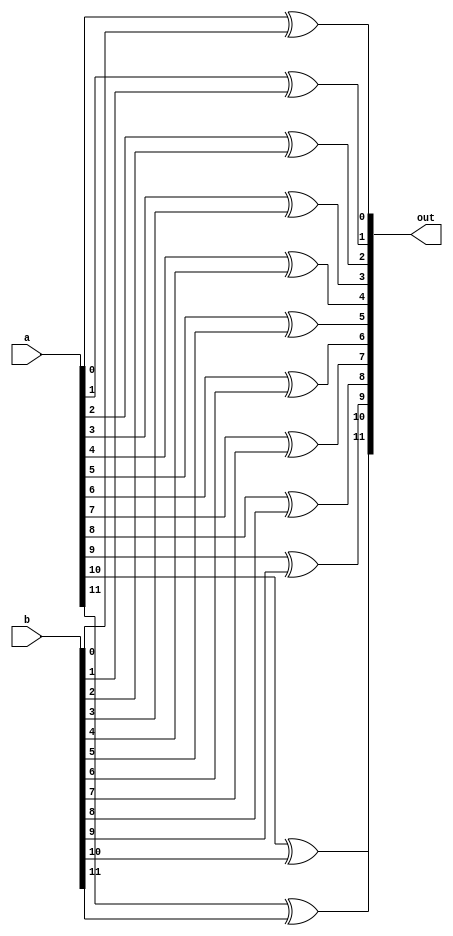
/**
 * This is written by Zhiyang Ong
 * for EE577b Extra Credit Homework # 2
 *
 * Behavioral model for the large XOR gate
 */
module large_xor (a,b,out);
	// Output vector
	output reg [11:0] out;
	
	
	// Input vector
	input [11:0] a;
	// Another input vector
	input [11:0] b;
	
	
	// Declare "reg" signals...
	//reg [3:0] in_bar;
	// Declare "wire" signals...
	// Defining constants: parameter [name_of_constant] = value;
	
	
	always @(*)
	begin
		out[0]=a[0]^b[0];
		out[1]=a[1]^b[1];
		out[2]=a[2]^b[2];
		out[3]=a[3]^b[3];
		out[4]=a[4]^b[4];
		out[5]=a[5]^b[5];
		out[6]=a[6]^b[6];
		out[7]=a[7]^b[7];
		out[8]=a[8]^b[8];
		out[9]=a[9]^b[9];
		out[10]=a[10]^b[10];
		out[11]=a[11]^b[11];
	end
	
	
endmodule